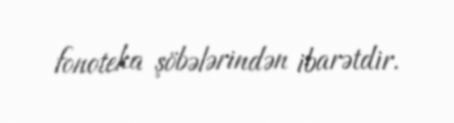
fonoteka şöbələrindən ibarətdir.